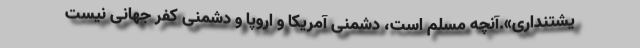
یشتنداری».آنچه مسلم است، دشمنی آمریکا و اروپا و دشمنی کفر جهانی نیست